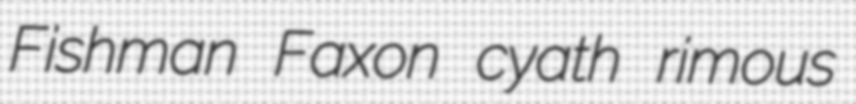
Fishman Faxon cyath rimous